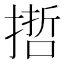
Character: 𢲃